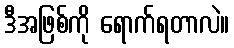
ဒီအဖြစ်ကို ရောက်ရတာလဲ။